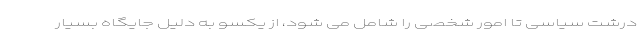
درشت سیاسی تا امور شخصی را شامل می شود، از یکسو به دلیل جایگاه بسیار